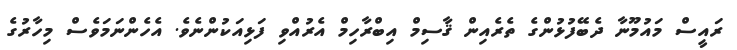
ރައީސް މައުމޫނާ ދެބޭފުޅުންގެ ތެރެއިން ޤާސިމް އިބްރާހިމް އެރުއްވި ފަޅިއަކުންނެވެ. އެހެންނަމަވެސް މިހާރުގެ